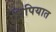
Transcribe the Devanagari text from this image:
प्रिपियात